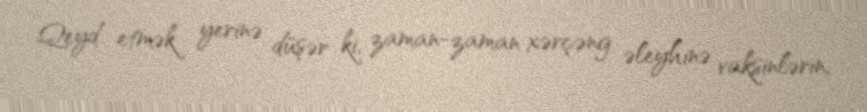
Qeyd etmək yerinə düşər ki, zaman-zaman xərçəng əleyhinə vaksinlərin,